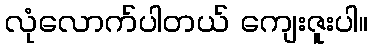
လုံလောက်ပါတယ် ကျေးဇူးပါ။